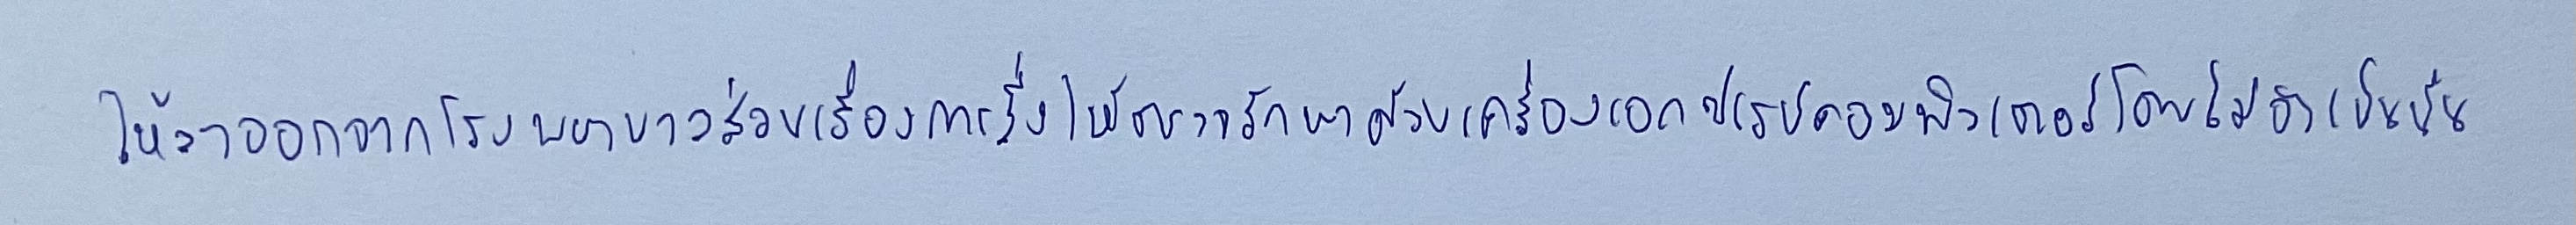
ให้ลาออกจากโรงพยาบาลส่วนเรื่องการสั่งให้ตรวจรักษาด้วยเครื่องเอกซเรย์คอมพิวเตอร์โดยไม่จำเป็นนั้น